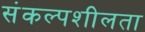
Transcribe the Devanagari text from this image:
संकल्पशीलता